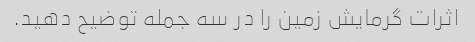
اثرات گرمایش زمین را در سه جمله توضیح دهید.